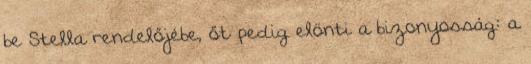
be Stella rendelőjébe, őt pedig elönti a bizonyosság: a